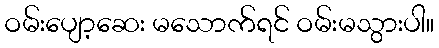
ဝမ်းပျော့ဆေး မသောက်ရင် ဝမ်းမသွားပါ။